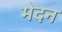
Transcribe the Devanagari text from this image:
मेदन